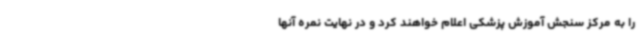
را به مرکز سنجش آموزش پزشکی اعلام خواهند کرد و در نهایت نمره آنها